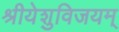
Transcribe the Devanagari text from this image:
श्रीयेशुविजयम्